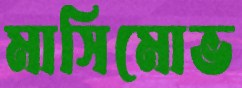
মাসিমোভ